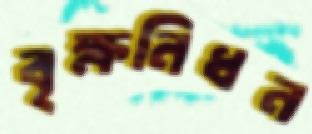
বৃক্ষনিধন